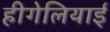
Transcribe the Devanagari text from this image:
हीगेलियाई